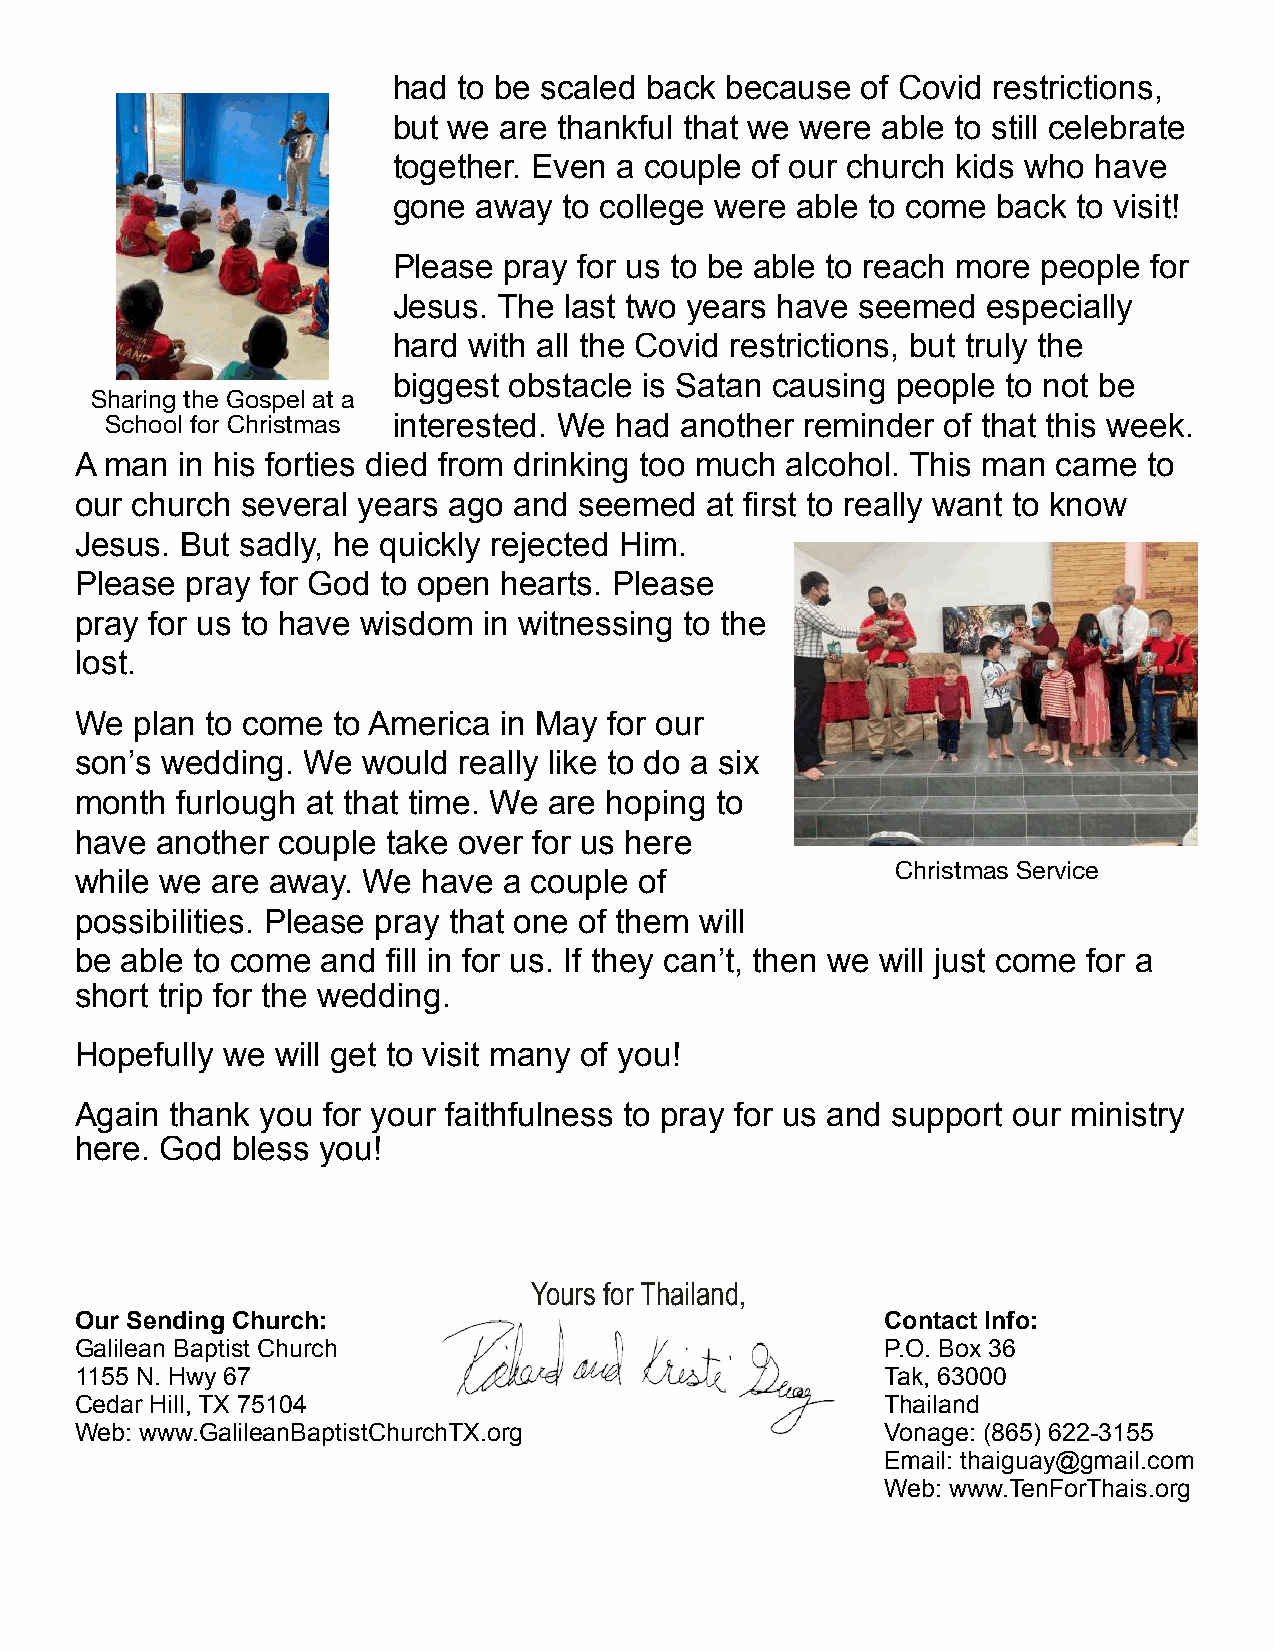
had to be scaled back because  of Covid restrictions,
 but we are thankful that we were able to still celebrate
 together. Even a couple of our church kids who have
 gone  away to college were able to come back to visit!
 Please pray for us to be able to reach more people for
 Jesus. The last two years have seemed  especially
 hard with all the Covid restrictions, but truly the
 biggest obstacle is Satan causing people to not be
 Sharing the Gospel at a
 School for Christmas interested. We had another reminder of that this week.
 A man  in his forties died from drinking too much alcohol. This man came to
 our church several years ago and seemed   at first to really want to know
 Jesus. But sadly, he quickly rejected Him.
 Please pray for God to open hearts. Please
 pray for us to have wisdom in witnessing to the
 lost.
 We  plan to come to America in May for our
 son’s wedding. We  would really like to do a six
 month  furlough at that time. We are hoping to
 have another couple  take over for us here
 Christmas Service
 while we are away. We  have a couple of
 possibilities. Please pray that one of them will
 be able to come and  fill in for us. If they can’t, then we will just come for a
 short trip for the wedding.
 Hopefully we will get to visit many of you!
 Again thank you for your faithfulness to pray for us and support our ministry
 here. God bless you!
 Yours for Thailand,
 Our Sending Church:                                   Contact Info:
 Galilean Baptist Church                               P.O. Box 36
 1155 N. Hwy 67                                        Tak, 63000
 Cedar Hill, TX 75104                                  Thailand
 Web: www.GalileanBaptistChurchTX.org                  Vonage: (865) 622-3155
 Email: thaiguay@gmail.com
 Web: www.TenForThais.org